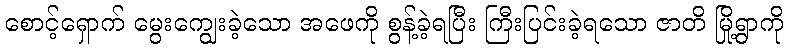
စောင့်ရှောက် မွေးကျွေးခဲ့သော အဖေကို စွန့်ခဲ့ရပြီး ကြီးပြင်းခဲ့ရသော ဇာတိ မြို့ရွာကို